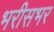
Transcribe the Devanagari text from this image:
भरीसभर